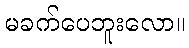
မခက်ပေဘူးလော။